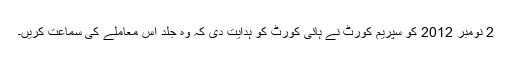
2 نومبر 2012 کو سپریم کورٹ نے ہائی کورٹ کو ہدایت دی کہ وہ جلد اس معاملے کی سماعت کریں۔